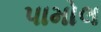
પામોલ